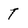
Character: t